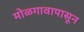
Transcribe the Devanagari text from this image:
मोळगावापासून